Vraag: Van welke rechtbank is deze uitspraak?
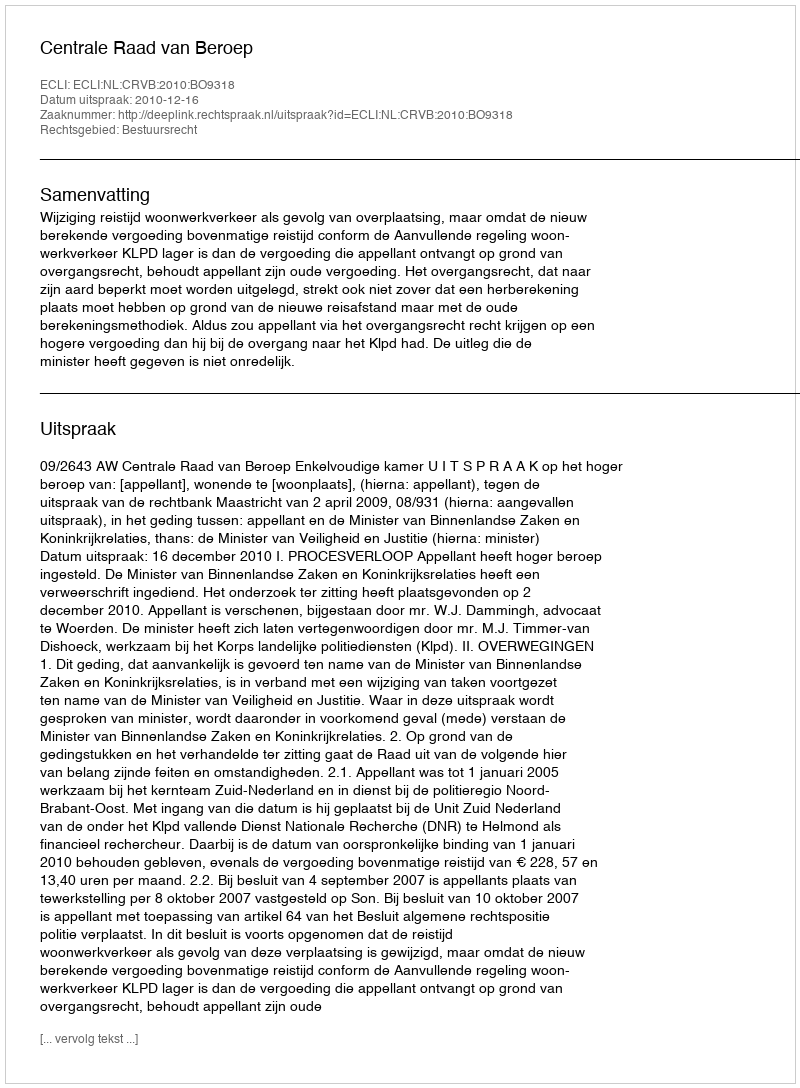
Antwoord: Centrale Raad van Beroep